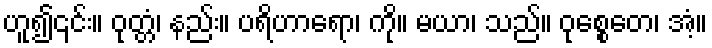
ဟူ၍၎င်း။ ဝုတ္တံ၊ နည်း။ ပရိဟာရော၊ ကို။ မယာ၊ သည်။ ဝုစ္စေတေ၊ အံ့။